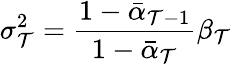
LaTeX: \sigma_{\mathcal{T}}^{2}=\frac{{1-\bar{{\alpha}}_{\mathcal{T}-1}}}{{1-\bar{{\alpha}}_{\mathcal{T}}}}\beta_{\mathcal{T}}